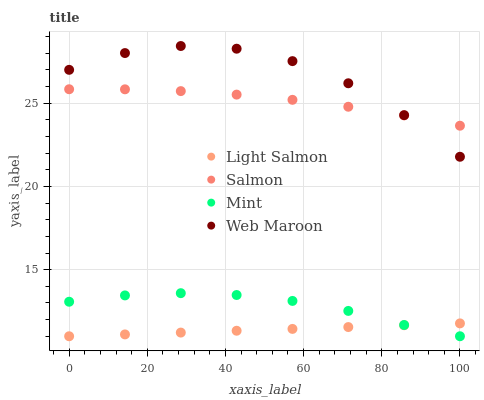
| xaxis_label | Light Salmon | Salmon | Mint | Web Maroon |
 | --- | --- | --- | --- | --- |
 | 0 | 11 | 25.8 | 13.1 | 27 |
 | 14.3 | 11.1 | 25.8 | 13.5 | 28 |
 | 28.6 | 11.2 | 25.7 | 13.6 | 28.4 |
 | 42.9 | 11.3 | 25.5 | 13.5 | 28.3 |
 | 57.1 | 11.4 | 25.2 | 13.1 | 27.5 |
 | 71.4 | 11.6 | 24.8 | 12.5 | 26.2 |
 | 85.7 | 11.7 | 24.3 | 11.7 | 24.3 |
 | 100 | 11.8 | 23.6 | 11 | 21.8 |